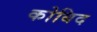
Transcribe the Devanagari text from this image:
कोबिद